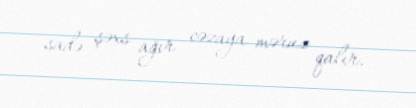
sadə şəxs ağır cəzaya məruz qalır.